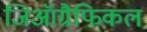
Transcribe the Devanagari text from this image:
जिऑग्रैफिकल